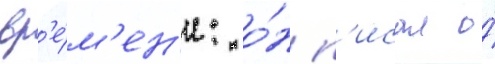
вр'е́м'ен'и: о́н п'исал о́